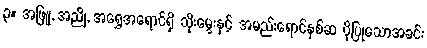
၃။ အဖြူ, အညို, အရွှေအရောင်ရှိ သိုးမွေးနှင့် အမည်းရောင်နှစ်ဆ ပိုပြုသောအခင်း